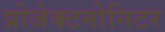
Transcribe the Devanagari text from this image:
प्रोजेक्टमोनिटर